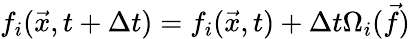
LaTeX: f_{i}(\vec{x},t+\Delta t)=f_{i}(\vec{x},t)+\Delta t\Omega_{i}(\vec{f})